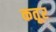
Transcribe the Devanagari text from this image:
कतूर